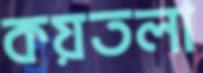
কয়তলা